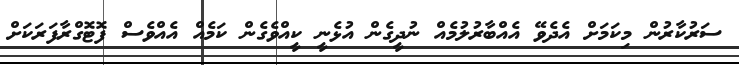
ސަރުކާރުން މިކަމަށް އެދެވޭ އެއްބާރުލުމެއް ނުދީގެން އުޅެނީ ކީއްވެގެން ކަމެއް އެއްވެސް ފޮޓޮގްރާފަރަކަށް